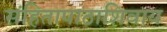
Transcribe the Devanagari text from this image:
संहितापाठाशिवाय